Report on vaccination in Madras 1922-1929 - 1922-1929
Year: 1922
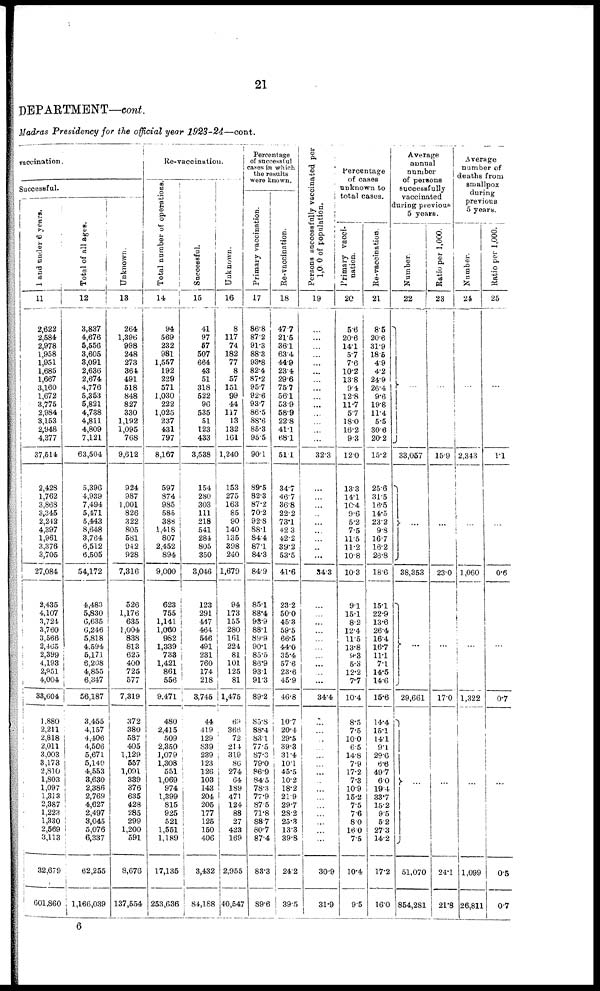
21
DEPARTMENT—cont.
Madras Presidency for the official year 1923-24—cont.
vaccination.
Successful.
1 and under 6 years.
11
2,622
2,584
2,978
1,958
1,951
1,685
1,667
3,160
1,672
3,775
2,984
3,153
2,948
4,377
37,514
2,428
1,762
3,868
3,345
2,242
4,397
1,961
3,376
3,705
27,084
2,435
4,107
3,724
3,760
3,566
2,465
2,399
4,193
2,951
4,004
33,604
1,880
2,211
2,818
2,011
3,003
3,173
2,810
1,803
1,097
1,313
2,387
1,223
1,330
2,569
3,113
32,679
601,860
Total of all ages.
12
3,837
4,676
5,556
3,605
3,091
2,636
2,674
4,776
5,353
5,821
4,738
4,811
4,809
7,121
63,504
5,396
4,939
7,494
5,471
5,443
8,648
3,764
6,512
6,505
54,172
4,483
5,830
6,635
6,246
5,818
4,594
5,171
6,208
4,855
6,347
56,187
3,455
4,157
4,406
4,506
5,671
5,140
4,553
3,630
2,386
2,769
4,627
2,497
3,045
5,076
6,337
62,255
1,166,039
Unknown.
13
264
1,396
998
248
273
364
491
518
848
827
330
1,192
1,095
768
9,612
924
987
1,001
826
322
805
581
942
928
7,316
526
1,176
635
1,004
838
813
625
400
725
577
7,319
372
380
587
405
1,129
557
1,091
339
376
635
428
285
299
1,200
591
8,676
137,554
Re-vaccination.
Total number of operations.
14
94
569
232
981
1,557
192
229
571
1,030
222
1,025
237
431
797
8,167
597
874
985
585
388
1,418
807
2,452
894
9,000
623
755
1,141
1,060
982
1,339
738
1,421
861
556
9,471
480
2,415
509
2,350
1,079
1,308
551
1,069
974
1,399
815
925
521
1,551
1,189
17,135
253,636
Successful.
15
41
97
57
507
664
43
51
318
522
96
535
51
123
433
3,538
154
280
303
111
218
541
284
805
350
3,046
123
291
447
464
546
491
231
760
174
218
3,745
44
419
129
839
239
123
126
103
143
204
205
177
125
150
406
3,432
84,188
Unknown.
16
8
117
74
182
77
8
57
151
99
44
117
13
132
161
1,240
153
275
163
85
90
140
135
398
240
1,679
94
173
155
280
161
224
81
101
125
81
1,475
69
366
72
214
319
86
274
64
189
471
124
88
27
423
169
2,955
40,547
Percentage
of successful
cases in which
the results
were known.
Primary vaccination.
17
86.8
87.2
91.3
88.3
93.8
82.4
87.2
95.7
92.6
93.7
86.5
88.6
85.3
95.5
90.1
89.5
82.3
87.2
70.2
92.8
88.1
84.4
87.1
84.3
84.9
85.1
88.4
93.9
88.1
89.9
90.1
85.5
86.9
93.1
91.3
89.2
85.8
88.4
83.1
77.5
87.3
79.0
86.9
84.5
78.3
77.9
87.5
71.8
88.7
80.7
87.4
83.3
89.6
Re-vaccination.
18
47.7
21.5
36.1
63.4
44.9
23.4
29.6
75.7
56.1
53.9
58.9
22.8
41.1
68.1
51.1
34.7
46.7
36.8
22.2
73.1
42.3
42.2
39.2
53.5
41.6
23.2
50.0
45.3
59.5
66.5
44.0
35.4
57.6
23.6
45.9
46.8
10.7
20.4
29.5
39.3
31.4
10.1
44.5
10.2
18.2
21.9
29.7
28.2
25.3
13.3
39.8
24.2
39.5
Persons successfully vaccinated per
1,000 of population.
19
...
...
...
...
...
...
...
...
...
...
...
...
...
...
32.3
...
...
...
...
...
...
...
...
...
34.3
...
...
...
...
...
...
...
...
...
...
34.4
...
...
...
...
...
...
...
...
...
...
...
...
...
...
...
30.9
31.9
Percentage
of cases
unknown to
total cases.
Primary vacci-
nation.
20
5.6
20.6
14.1
5.7
7.6
10.2
13.8
9.4
12.8
11.7
5.7
18.0
16.2
9.3
12.0
13.3
14.1
10.4
9.6
5.2
7.5
11.5
11.2
10.8
10.3
9.1
15.1
8.2
12.4
11.5
13.8
9.3
5.3
12.2
7.7
10.4
8.5
7.5
10.0
6.5
14.8
7.9
17.2
7.3
10.9
15.2
7.5
7.6
8.0
16.0
7.5
10.4
9.5
Re-vaccination.
21
8.5
20.6
31.9
18.5
4.9
4.2
24.9
26.4
9.6
19.8
11.4
5.5
30.6
20.2
15.2
25.6
31.5
16.5
14.5
23.2
9.8
16.7
16.2
26.8
18.6
15.1
22.9
13.6
26.4
16.4
16.7
11.1
7.l
14.5
14.6
15.6
14.4
15.1
14.1
9.1
29.6
6.6
49.7
6.0
19.4
33.7
15.2
9.5
5.2
27.3
14.2
17.2
16.0
Average
annual
number
of persons
successfully
vaccinated
during previous
5 years.
Number.
22
...
33,057
...
38,353
...
29,661
...
51,070
854,281
Ratio per 1,000.
23
...
15.9
...
23.0
...
17.0
...
24.1
21.8
Average
number of
deaths from
smallpox
during
previous
5 years.
Number.
24
...
2,343
...
1,060
...
1,322
...
1,099
26,811
Ratio per 1,000.
25
...
1.1
...
0.6
...
0.7
...
0.5
0.7
6